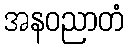
အနဝညာတံ